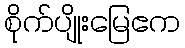
စိုက်ပျိုးမြေဧက